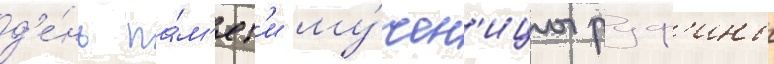
д'е́нь па́м'ят'и му́чен'ицы руф'ины